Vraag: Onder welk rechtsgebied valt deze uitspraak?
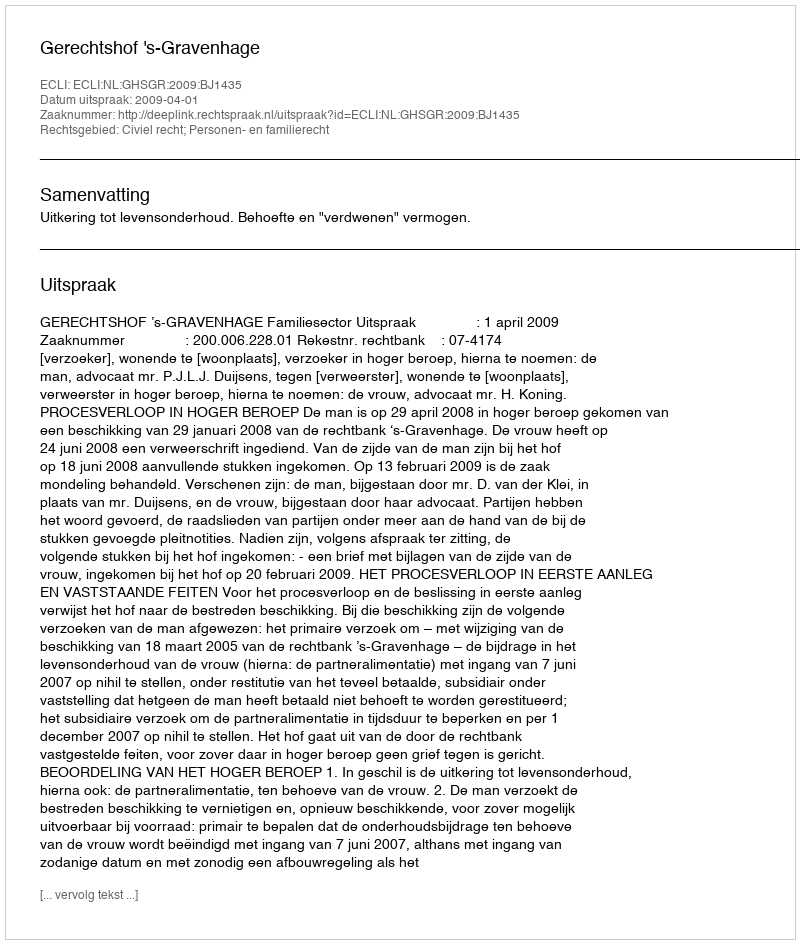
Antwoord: Civiel recht; Personen- en familierecht